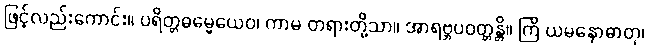
ဖြင့်လည်းကောင်း။ ပရိတ္တဓမ္မေယေဝ၊ ကာမ တရားတို့သာ။ အာရဗ္ဘပဝတ္တန္တိ။ ကြိ ယမနောဓာတု၊